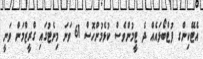
އެޓޭކިންގ ފުޓްބޯޅައެއް ދެ ޓީމުންވެސް ކުޅެމުންހޮސް 61 ވަނަ މިނެޓުގައި ގްރީޒްމަން ވަނީ